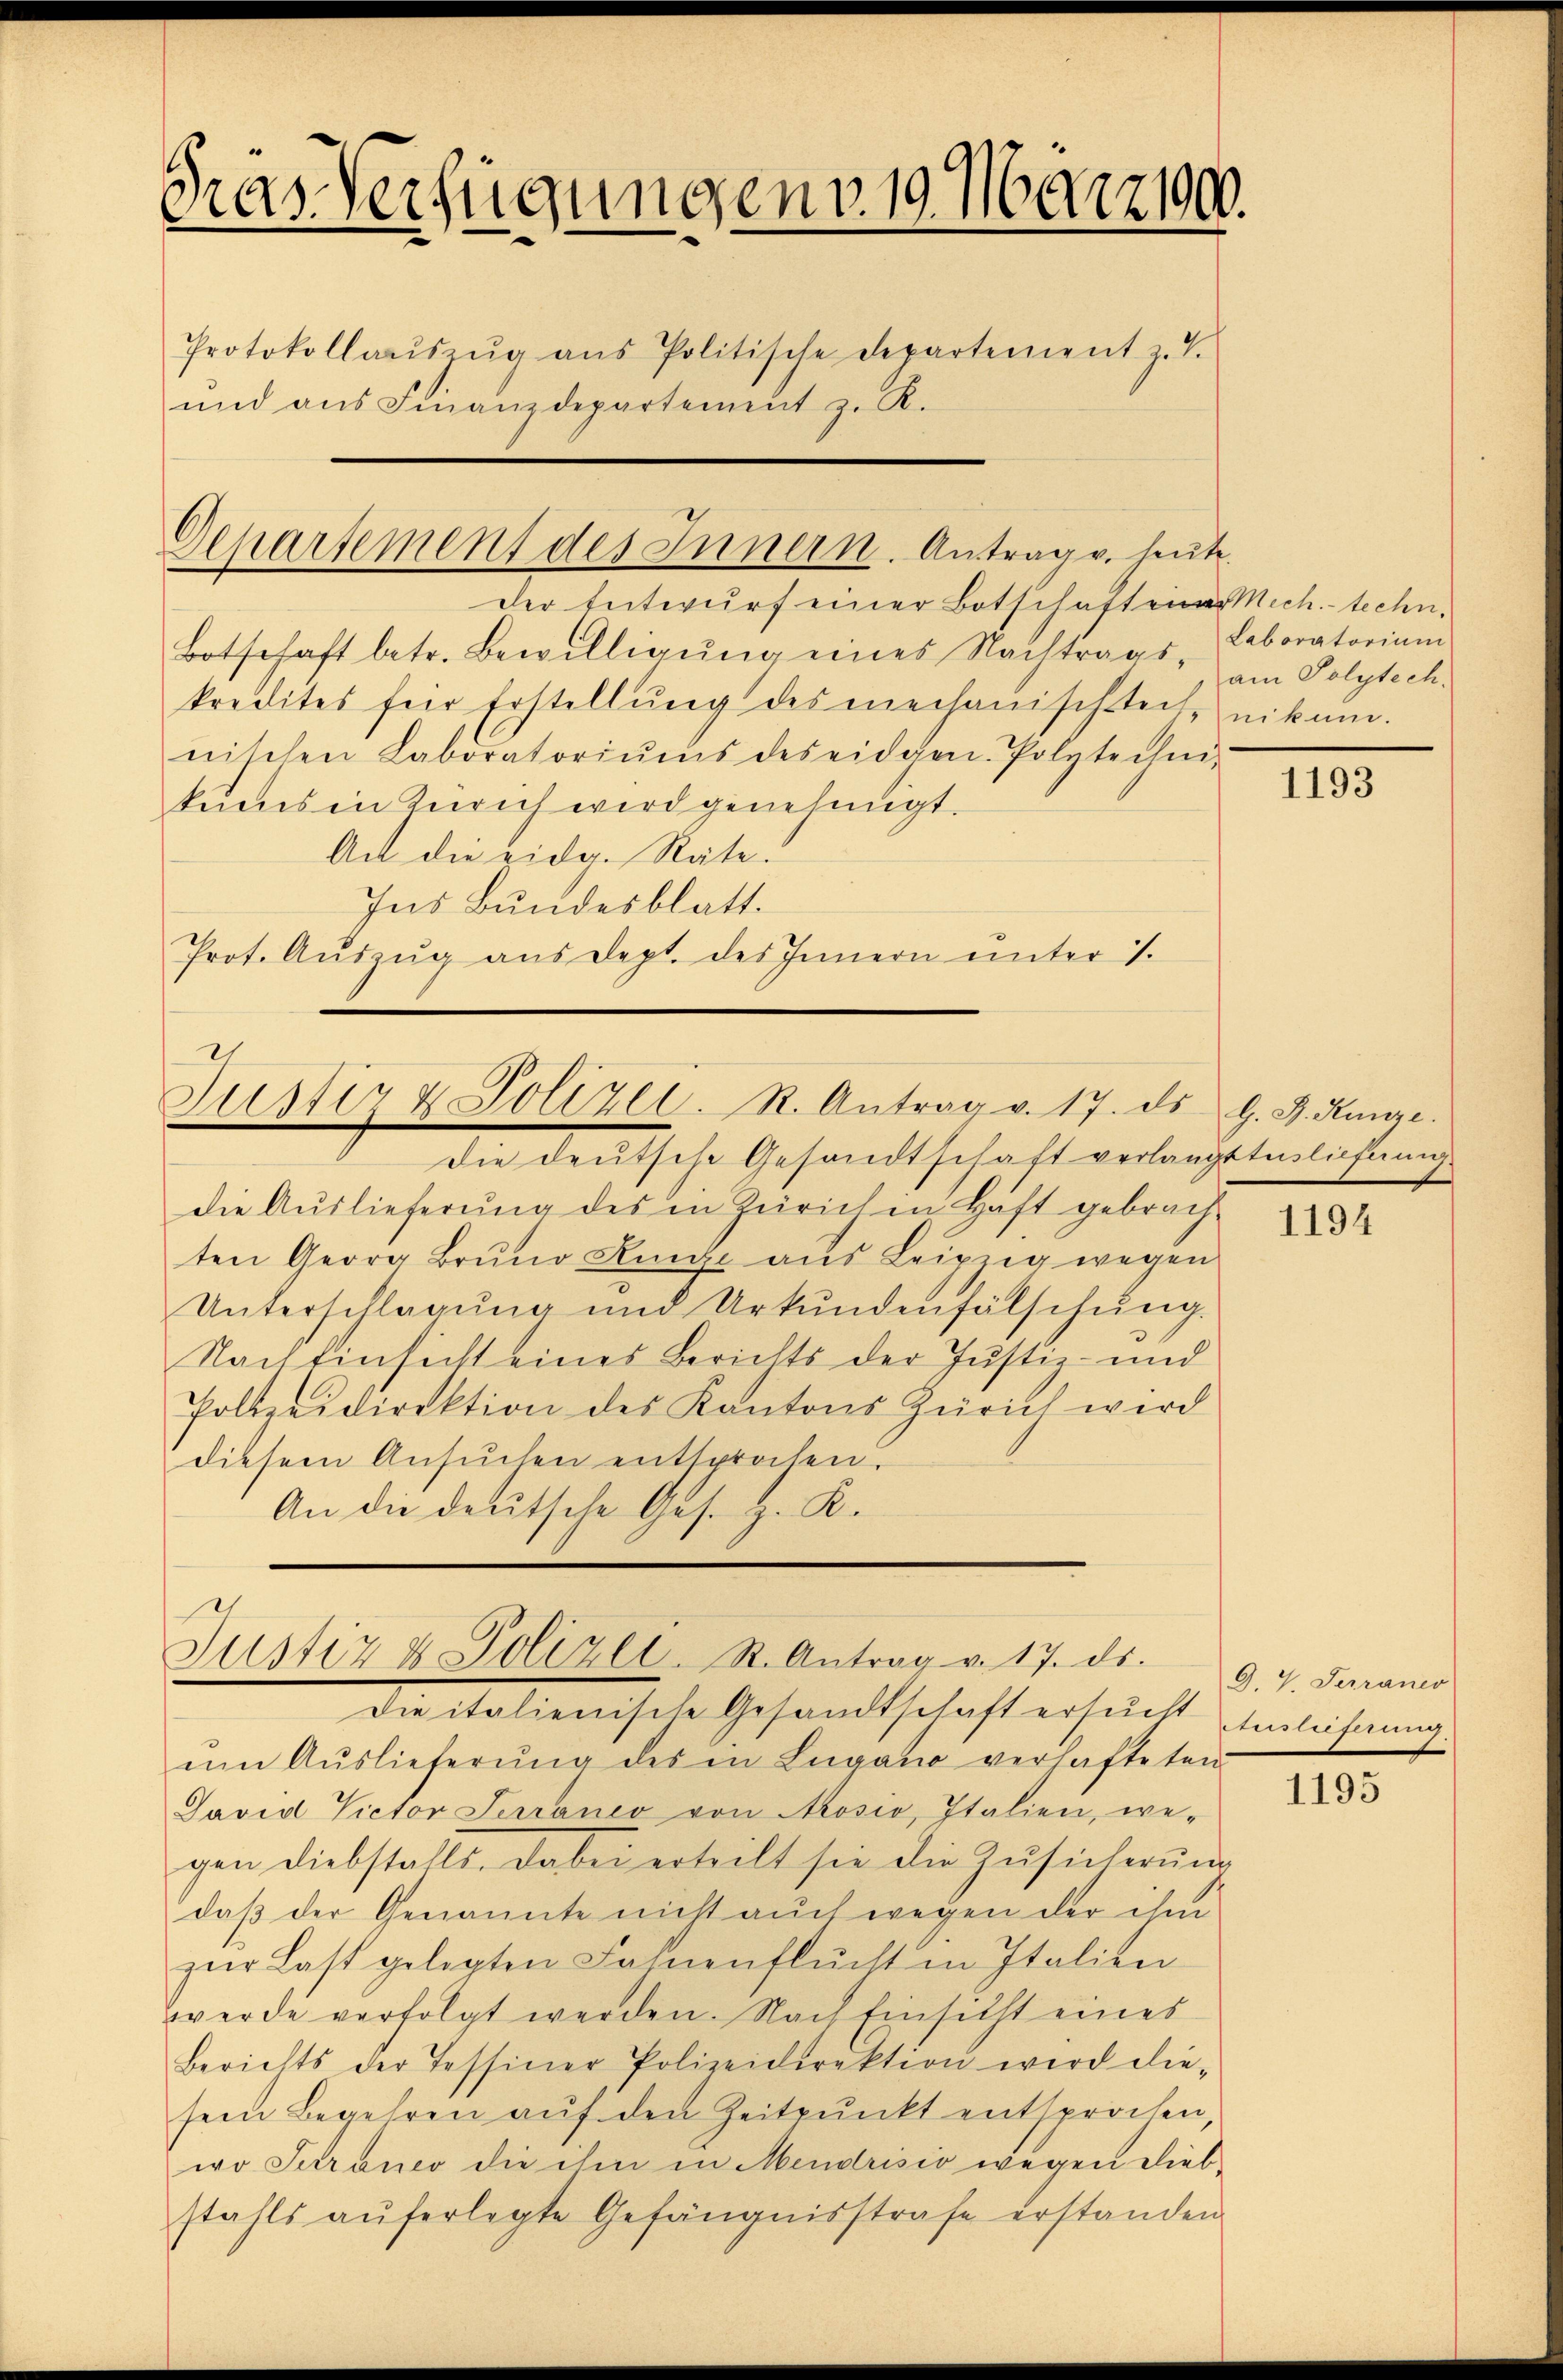
Gras Verfügungen v. 19. März 190.
Protokollaŭszŭg aŭs Politische Departement z. T.
und ans Finanzdepartement z. K.

Departement des Innern. Antrag v. heute

der Entwurf einer Botschaften Mich.-techn.
Botschaft betr. Bewilligŭng eines Nachtrags- Polytech-
kredites für Erstellung des mechanischteit, kam.
nischen Laboratoriŭms des eidgen. Polytechen-
kums in Zürich wird genehmigt.
Act die eidg. Räte.
Ins Bundesblatt.
Prot. Aŭszŭg aŭs dept. des Innern ŭnter 1.

Justiz & Polizei. R. Antrag v. 17. ds.

Justiz & Polizei- St. Antrag v. 17. ds.

die deutsche Gesandtschaft verlangttenlichung
die Auslieferung des in Zürich in Haft gebrach-
ten Georg Brŭnd Kunste aŭs Leipzig wegen
Unterschlagung und Urkundenfälschung.
Nach Einsicht eines Berichts der Justiz- und
Polizeidirektion des Kantons Zürich wird
diesem Ansŭchen entsprochen.
An die deutsche Ges. H. K.

Die italienische Gesandtschaft ersucht Einlichnung.
um Auslieferŭng des in Lugano verhafteten
Javid Victor Serraneo von Aosio, Italien, we-
gen Diebstalls. Dabei erteilt sie die Zŭsicherŭng
daß der Genannte nicht auch wegen der ihm
zŭr Last gelegten Fahnenflücht in Italien
werde verfolgt werden. Nach Einsicht eines
Berichts der Tessiner Polizeidirektion wird die-
sein Begehren auf den Zeitpunkt entsprochen,
wo Suraneo die ihm in Mendrisio wegen Diebstahls aŭferlegte Gefängnisstrafe erstanden.

Laboratorium

1193

G. J. Runze.

1194

G. V. Terraner

1195